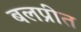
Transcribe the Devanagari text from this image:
बलप्रीत